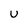
Character: u